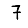
Digit: 7